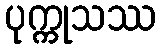
ပုက္ကုသဿ